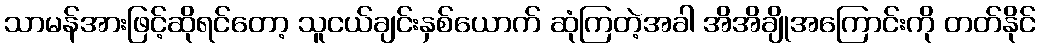
သာမန်အားဖြင့်ဆိုရင်တော့ သူငယ်ချင်းနှစ်ယောက် ဆုံကြတဲ့အခါ အိအိချိုအကြောင်းကို တတ်နိုင်